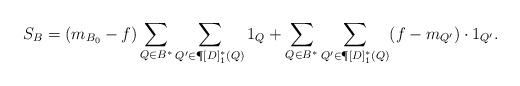
LaTeX: \begin{align*} S_B=(m_{B_0}-f) \sum\limits_{Q\in B^*} \sum\limits_{Q'\in \P[D]_1^*(Q)}1_Q+ \sum\limits_{Q\in B^*} \sum\limits_{Q'\in \P[D]_1^*(Q)} (f-m_{Q'})\cdot 1_{Q'}.\end{align*}